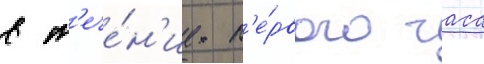
в т'ече́н'ие п'е́рвого часа